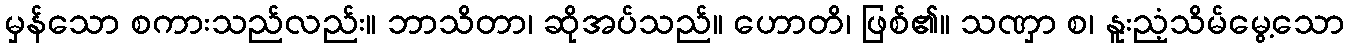
မှန်သော စကားသည်လည်း။ ဘာသိတာ၊ ဆိုအပ်သည်။ ဟောတိ၊ ဖြစ်၏။ သဏှာ စ၊ နူးညံ့သိမ်မွေ့သော